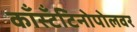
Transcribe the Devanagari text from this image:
काँस्टँटिनोपोलवर